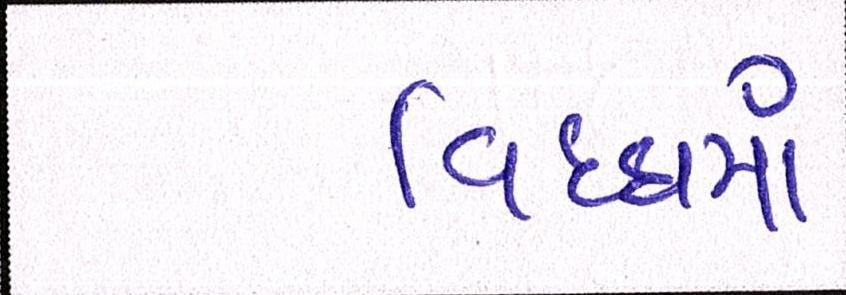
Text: વિધ્ધમાં